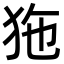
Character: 狏